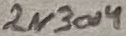
Text: 2N3014